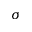
\sigma